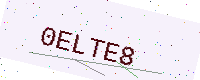
Text: 0ELTE8